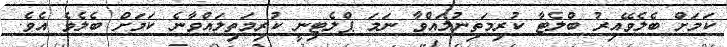
ކަމަށް ބެލެވޭއިރު ބްލެޓާ ކުރިމަތިނުލައްވާ ނަމަ ޕްލެޓިނީ ކުރިމަތިލައްވާނެ ކަމަށް ބެލެވެ އެވެ.